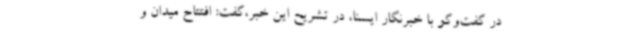
در گفت‌وگو با خبرنگار ایسنا، در تشریح این خبر،گفت: افتتاح میدان و